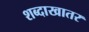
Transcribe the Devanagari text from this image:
शब्दाखातर